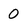
Character: 0